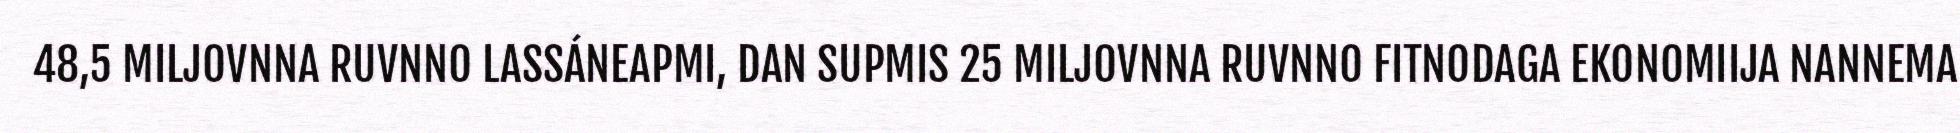
48,5 MILJOVNNA RUVNNO LASSÁNEAPMI, DAN SUPMIS 25 MILJOVNNA RUVNNO FITNODAGA EKONOMIIJA NANNEMA